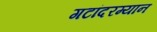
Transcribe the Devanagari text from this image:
गटांदरम्यान